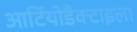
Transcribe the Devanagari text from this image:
आर्टियोडैक्टाइला